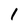
Character: 1